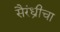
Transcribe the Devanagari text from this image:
सैरंध्रीचा